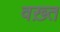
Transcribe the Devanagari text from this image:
वख़्त